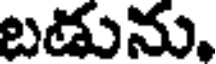
బడును.